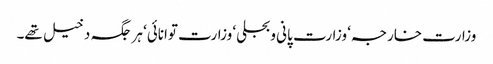
وزارت خارجہ‘ وزارت پانی وبجلی‘ وزارت توانائی‘ ہر جگہ دخیل تھے۔